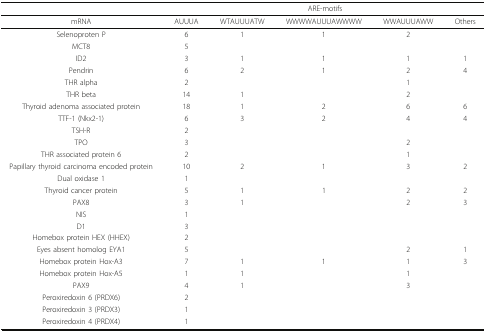
<table><thead><tr><td></td><td colspan="5"><b>ARE-motifs</b></td></tr></thead><tbody><tr><td>mRNA</td><td>AUUUA</td><td>WTAUUUATW</td><td>WWWWAUUUAWWWW</td><td>WWAUUUAWW</td><td>Others</td></tr><tr><td>Selenoproten P</td><td>6</td><td>1</td><td>1</td><td>2</td><td></td></tr><tr><td>MCT8</td><td>5</td><td></td><td></td><td></td><td></td></tr><tr><td>ID2</td><td>3</td><td>1</td><td>1</td><td>1</td><td>1</td></tr><tr><td>Pendrin</td><td>6</td><td>2</td><td>1</td><td>2</td><td>4</td></tr><tr><td>THR alpha</td><td>2</td><td></td><td></td><td>1</td><td></td></tr><tr><td>THR beta</td><td>14</td><td>1</td><td></td><td>2</td><td></td></tr><tr><td>Thyroid adenoma associated protein</td><td>18</td><td>1</td><td>2</td><td>6</td><td>6</td></tr><tr><td>TTF-1 (Nkx2-1)</td><td>6</td><td>3</td><td>2</td><td>4</td><td>4</td></tr><tr><td>TSH-R</td><td>2</td><td></td><td></td><td></td><td></td></tr><tr><td>TPO</td><td>3</td><td></td><td></td><td>2</td><td></td></tr><tr><td>THR associated protein 6</td><td>2</td><td></td><td></td><td>1</td><td></td></tr><tr><td>Papillary thyroid carcinoma encoded protein</td><td>10</td><td>2</td><td>1</td><td>3</td><td>2</td></tr><tr><td>Dual oxidase 1</td><td>1</td><td></td><td></td><td></td><td></td></tr><tr><td>Thyroid cancer protein</td><td>5</td><td>1</td><td>1</td><td>2</td><td>2</td></tr><tr><td>PAX8</td><td>3</td><td>1</td><td></td><td>2</td><td>3</td></tr><tr><td>NIS</td><td>1</td><td></td><td></td><td></td><td></td></tr><tr><td>D1</td><td>3</td><td></td><td></td><td></td><td></td></tr><tr><td>Homebox protein HEX (HHEX)</td><td>2</td><td></td><td></td><td></td><td></td></tr><tr><td>Eyes absent homolog EYA1</td><td>5</td><td></td><td></td><td>2</td><td>1</td></tr><tr><td>Homebox protein Hox-A3</td><td>7</td><td>1</td><td>1</td><td>1</td><td>3</td></tr><tr><td>Homebox protein Hox-A5</td><td>1</td><td>1</td><td></td><td>1</td><td></td></tr><tr><td>PAX9</td><td>4</td><td>1</td><td></td><td>3</td><td></td></tr><tr><td>Peroxiredoxin 6 (PRDX6)</td><td>2</td><td></td><td></td><td></td><td></td></tr><tr><td>Peroxiredoxin 3 (PRDX3)</td><td>1</td><td></td><td></td><td></td><td></td></tr><tr><td>Peroxiredoxin 4 (PRDX4)</td><td>1</td><td></td><td></td><td></td><td></td></tr></tbody></table>